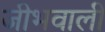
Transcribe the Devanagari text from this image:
जीभवाली